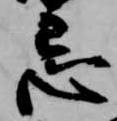
忌